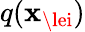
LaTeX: q(\boldsymbol{\mathbf{x}}_{\lei})